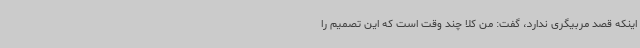
اینکه قصد مربیگری ندارد، گفت: من کلا چند وقت است که این تصمیم را